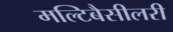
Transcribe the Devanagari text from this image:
मल्टिबैसीलरी